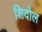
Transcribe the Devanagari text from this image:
शिदोल